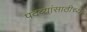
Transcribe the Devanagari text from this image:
पदव्यांसाठीच्या